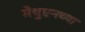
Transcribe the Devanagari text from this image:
मेथुएनच्या